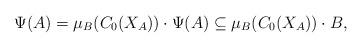
LaTeX: \begin{align*}\Psi (A) = \mu_B (C_0 (X_A)) \cdot \Psi (A) \subseteq \mu_B (C_0 (X_A)) \cdot B,\end{align*}